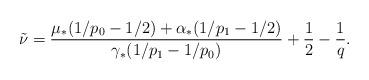
LaTeX: \begin{align*}\tilde \nu = \frac{\mu_*(1/p_0‐1/2)+\alpha_*(1/p_1‐1/2)}{\gamma_*(1/p_1‐1/p_0)}+\frac 12‐\frac 1q.\end{align*}